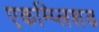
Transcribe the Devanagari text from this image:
एकम्प्लिशड